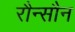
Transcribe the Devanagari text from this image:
रौन्सौन